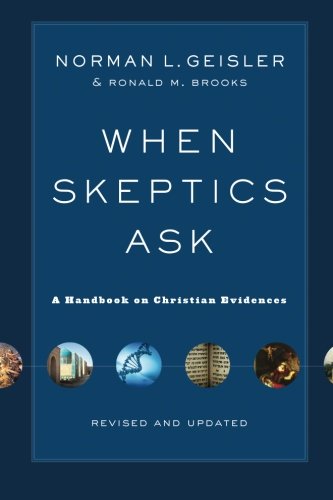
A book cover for When Skeptics Ask: A Handbook on Christian Evidences; Norman L. Geisler; Christian Books & Bibles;